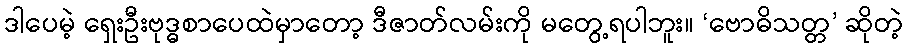
ဒါပေမဲ့ ရှေးဦးဗုဒ္ဓစာပေထဲမှာတော့ ဒီဇာတ်လမ်းကို မတွေ့ရပါဘူး။ ‘ဗောဓိသတ္တ’ ဆိုတဲ့